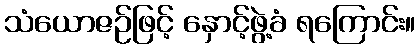
သံယောဇဉ်ဖြင့် နှောင့်ဖွဲ့ခံ ရကြောင်း။